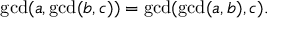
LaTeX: \operatorname* { g c d } ( a , \operatorname* { g c d } ( b , c ) ) = \operatorname* { g c d } ( \operatorname* { g c d } ( a , b ) , c ) .